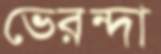
ভেরন্দা